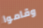
وقاموا